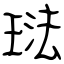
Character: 琺